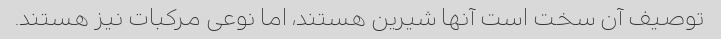
توصیف آن سخت است آنها شیرین هستند، اما نوعی مرکبات نیز هستند.